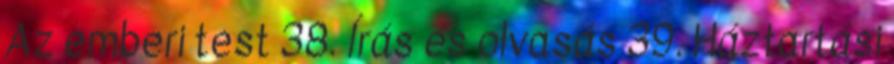
Az emberi test 38. Írás és olvasás 39. Háztartási